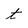
Character: t